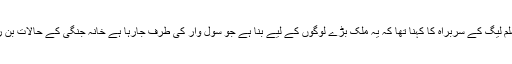
عوامی مسلم لیگ کے سربراہ کا کہنا تھا کہ یہ ملک بڑے لوگوں کے لیے بنا ہے جو سول وار کی طرف جارہا ہے خانہ جنگی کے حالات بن رہے ہیں ۔